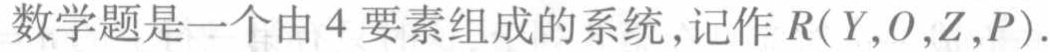
数学题是一个由 4 要素组成的系统,记作 \(R(Y,O,Z,P)\).